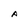
Character: A